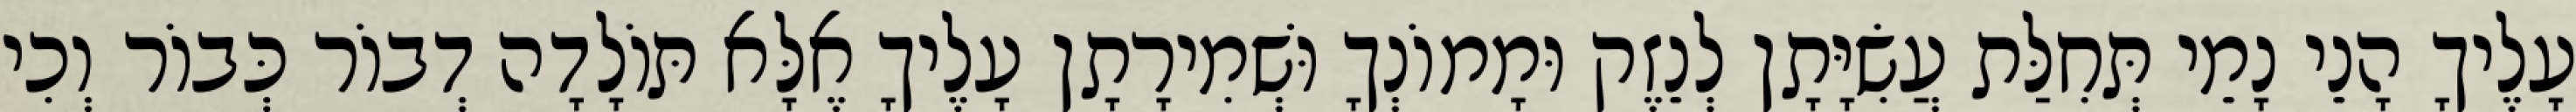
עָלֶיךָ הָנֵי נָמֵי תְּחִלַּת עֲשִׂיָּתָן לְנֵזֶק וּמָמוֹנְךָ וּשְׁמִירָתָן עָלֶיךָ אֶלָּא תּוֹלָדָה דְבוֹר כְּבוֹר וְכִי